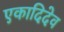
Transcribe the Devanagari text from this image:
एकादिदेव